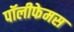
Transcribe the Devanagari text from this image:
पॉलीफेमस